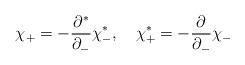
LaTeX: \begin{align*}\chi_+ = - \frac{\partial^*}{\partial_-} \chi^*_- , \quad \chi^*_+ = - \frac{\partial}{\partial_-} \chi_-\end{align*}